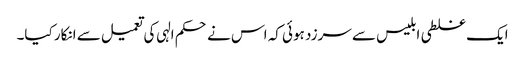
ایک غلطی ابلیس سے سرزد ہوئی کہ اس نے حکم الہی کی تعمیل سے انکار کیا۔